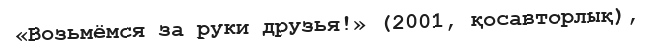
«Возьмёмся за руки друзья!» (2001, қосавторлық),